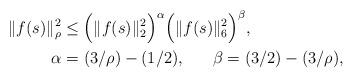
LaTeX: \begin{align*}&\|f(s)\|_\rho^2 \le \Big(\|f(s)\|_2^2\Big)^\alpha \Big(\| f(s)\|_6^2\Big)^{\beta}, \\ &\ \ \ \ \ \ \ \ \alpha = (3/\rho) - (1/2),\ \ \ \ \ \beta = (3/2) - (3/\rho), \end{align*}